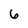
Character: 6